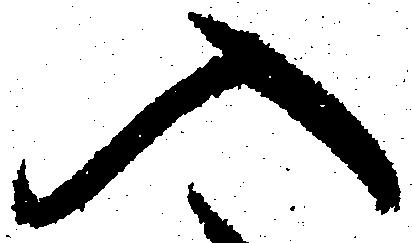
入